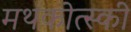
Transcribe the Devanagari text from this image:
मथकोत्स्की